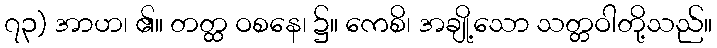
၇၃) အာဟ၊ ၏။ တတ္ထ ဝစနေ၊ ၌။ ကေစိ၊ အချို့သော သတ္တဝါတို့သည်။